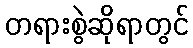
တရားစွဲဆိုရာတွင်